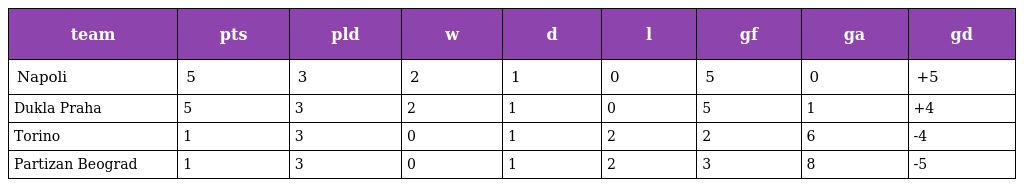
| team | pts | pld | w | d | l | gf | ga | gd |
 | --- | --- | --- | --- | --- | --- | --- | --- | --- |
 | Napoli | 5 | 3 | 2 | 1 | 0 | 5 | 0 | +5 |
 | Dukla Praha | 5 | 3 | 2 | 1 | 0 | 5 | 1 | +4 |
 | Torino | 1 | 3 | 0 | 1 | 2 | 2 | 6 | -4 |
 | Partizan Beograd | 1 | 3 | 0 | 1 | 2 | 3 | 8 | -5 |